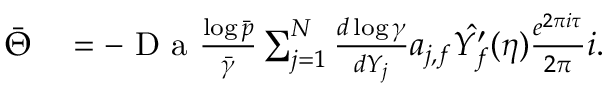
\begin{array} { r l } { \bar { \Theta } } & { { } = - \mathrm { ~ D ~ a ~ } \frac { \log \bar { p } } { \bar { \gamma } } \sum _ { j = 1 } ^ { N } \frac { d \log \gamma } { d Y _ { j } } a _ { j , f } \hat { Y _ { f } ^ { \prime } } ( \eta ) \frac { e ^ { 2 \pi i \tau } } { 2 \pi } i . } \end{array}